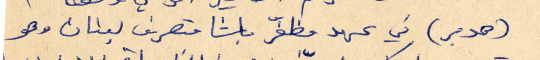
(هوبر) في عهد مظفّر باشا متصرف لبنان وهو